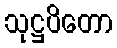
သုဋ္ဌပိတော